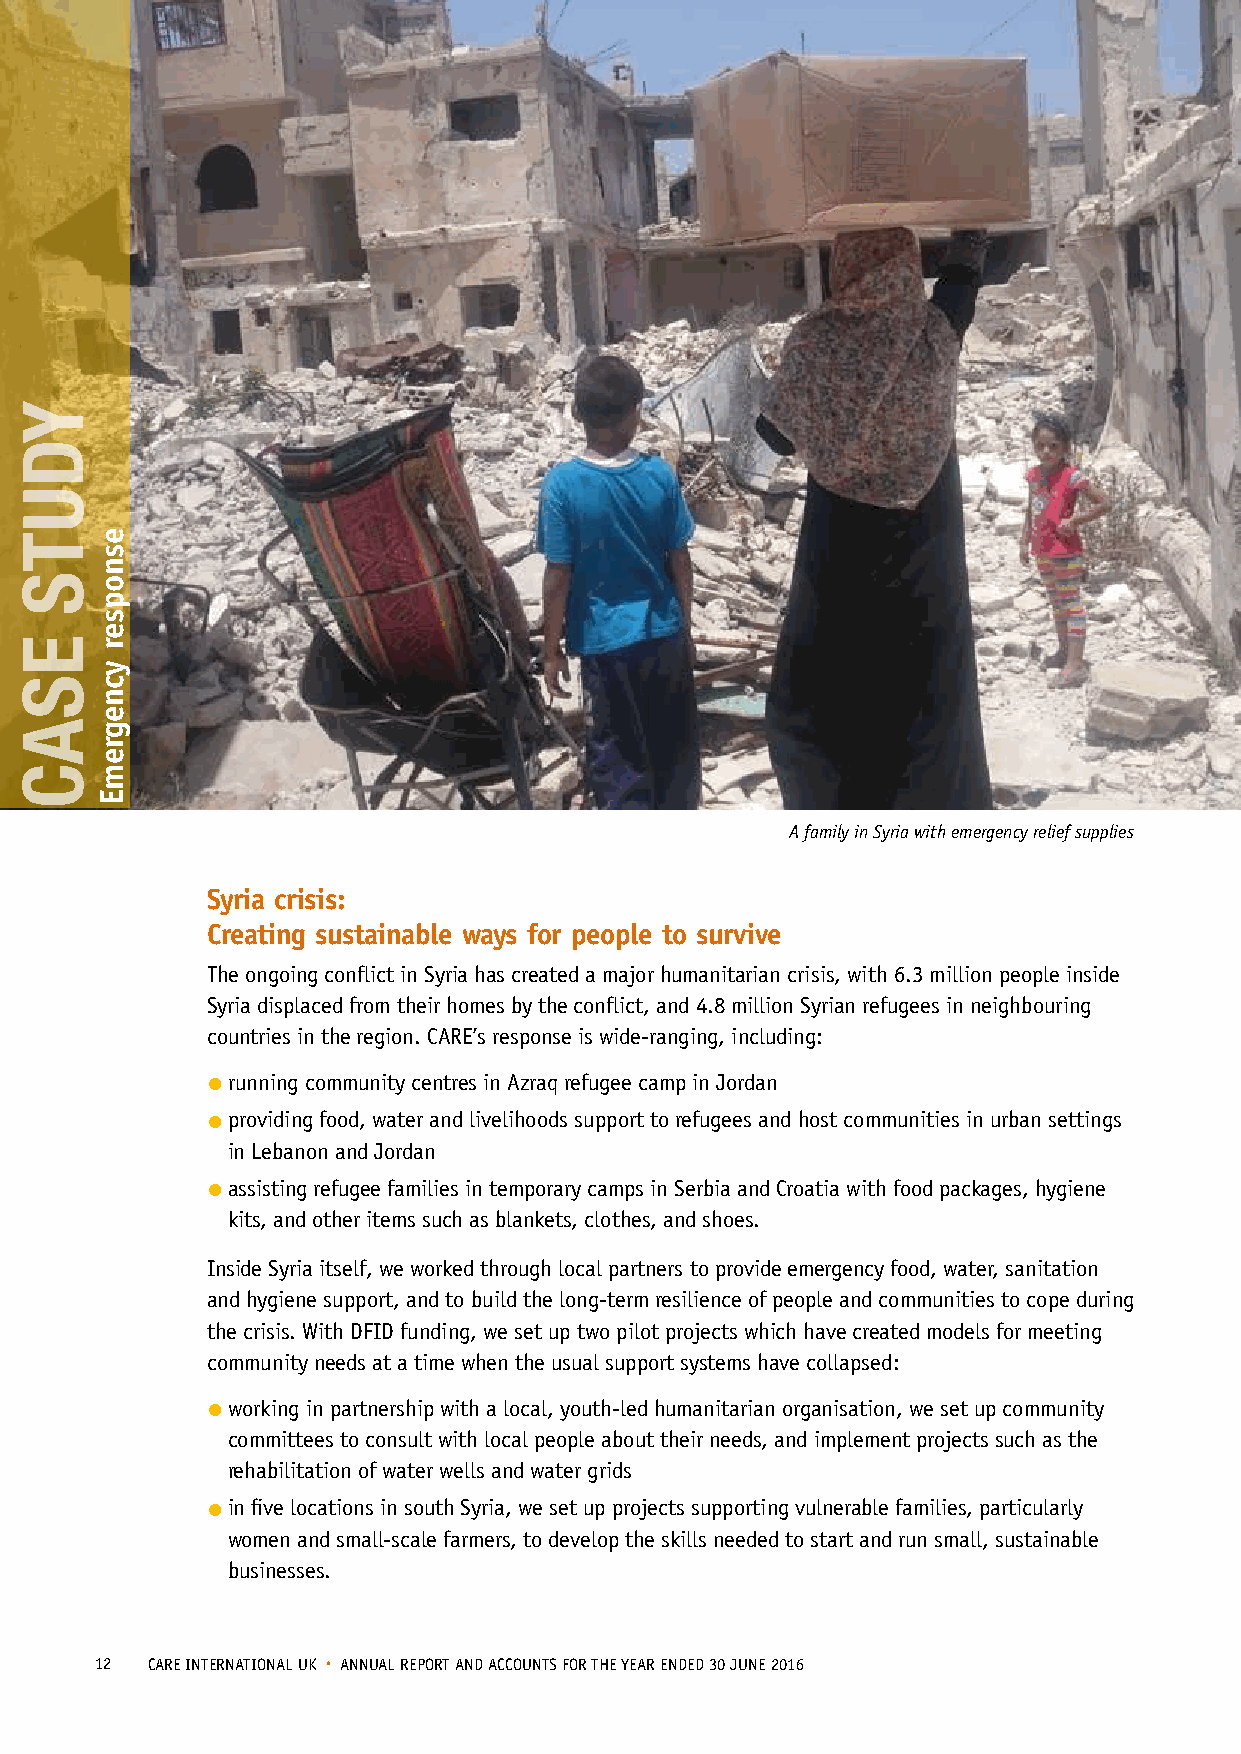
A family in Syria with emergency relief supplies
 Syria crisis:
 Creating sustainable ways for people to survive
 The ongoing conflict in Syria has created a major humanitarian crisis, with 6.3 million people inside
 Syria displaced from their homes by the conflict, and 4.8 million Syrian refugees in neighbouring
 countries in the region. CARE’s response is wide-ranging, including:
 • running community centres in Azraq refugee camp in Jordan
 • providing food, water and livelihoods support to refugees and host communities in urban settings
 in Lebanon and Jordan
 • assisting refugee families in temporary camps in Serbia and Croatia with food packages, hygiene
 kits, and other items such as blankets, clothes, and shoes.
 Inside Syria itself, we worked through local partners to provide emergency food, water, sanitation
 and hygiene support, and to build the long-term resilience of people and communities to cope during
 the crisis. With DFID funding, we set up two pilot projects which have created models for meeting
 community needs at a time when the usual support systems have collapsed:
 • working in partnership with a local, youth-led humanitarian organisation, we set up community
 committees to consult with local people about their needs, and implement projects such as the
 rehabilitation of water wells and water grids
 • in five locations in south Syria, we set up projects supporting vulnerable families, particularly
 women and small-scale farmers, to develop the skills needed to start and run small, sustainable
 businesses.
 12  CARE INTERNATIONAL UK • ANNUAL REPORT AND ACCOUNTS FOR THE YEAR ENDED 30 JUNE 2016
 YDUTS
 ESAC
 esnopser
 ycnegremE
 YDUTS
 ESAC